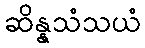
ဆိန္နသံသယံ